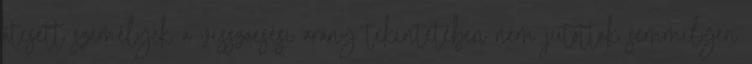
átesett személyek a visszaesési arány tekintetében nem jutottak semmilyen